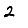
Digit: 2